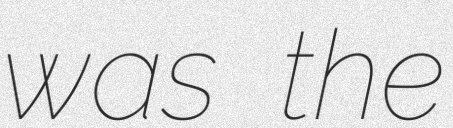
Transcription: was the